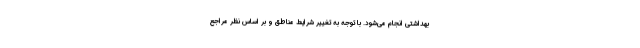
بهداشتی انجام می‌شود. با توجه به تغییر شرایط مناطق و بر اساس نظر مراجع